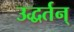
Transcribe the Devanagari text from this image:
उद्धर्तन्